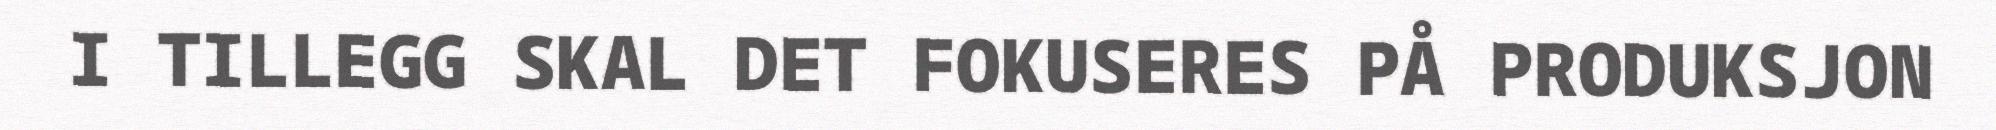
I TILLEGG SKAL DET FOKUSERES PÅ PRODUKSJON